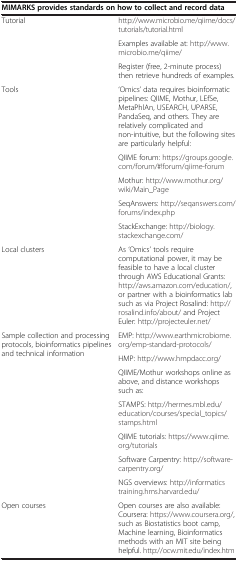
<table><thead><tr><td colspan="2"><b>MIMARKS provides standards on how to collect and record data</b></td></tr></thead><tbody><tr><td rowspan="3">Tutorial</td><td>http://www.microbio.me/qiime/docs/tutorials/tutorial.html</td></tr><tr><td>Examples available at: http://www.microbio.me/qiime/</td></tr><tr><td>Register (free, 2-minute process) then retrieve hundreds of examples.</td></tr><tr><td rowspan="5">Tools</td><td>‘Omics’ data requires bioinformatic pipelines: QIIME, Mothur, LEfSe, MetaPhlAn, USEARCH, UPARSE, PandaSeq, and others. They are relatively complicated and non-intuitive, but the following sites are particularly helpful:</td></tr><tr><td>QIIME forum: https://groups.google.com/forum/#!forum/qiime-forum</td></tr><tr><td>Mothur: http://www.mothur.org/wiki/Main_Page</td></tr><tr><td>SeqAnswers: http://seqanswers.com/forums/index.php</td></tr><tr><td>StackExchange: http://biology.stackexchange.com/</td></tr><tr><td>Local clusters</td><td>As ‘Omics’ tools require computational power, it may be feasible to have a local cluster through AWS Educational Grants: http://aws.amazon.com/education/, or partner with a bioinformatics lab such as via Project Rosalind: http://rosalind.info/about/ and Project Euler: http://projecteuler.net/</td></tr><tr><td rowspan="7">Sample collection and processing protocols, bioinformatics pipelines and technical information</td><td>EMP: http://www.earthmicrobiome.org/emp-standard-protocols/</td></tr><tr><td>HMP: http://www.hmpdacc.org/</td></tr><tr><td>QIIME/Mothur workshops online as above, and distance workshops such as:</td></tr><tr><td>STAMPS: http://hermes.mbl.edu/education/courses/special_topics/stamps.html</td></tr><tr><td>QIIME tutorials: https://www.qiime.org/tutorials</td></tr><tr><td>Software Carpentry: http://software-carpentry.org/</td></tr><tr><td>NGS overviews: http://informaticstraining.hms.harvard.edu/</td></tr><tr><td>Open courses</td><td>Open courses are also available: Coursera: https://www.coursera.org/, such as Biostatistics boot camp, Machine learning, Bioinformatics methods with an MIT site being helpful. http://ocw.mit.edu/index.htm</td></tr></tbody></table>